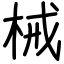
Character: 械